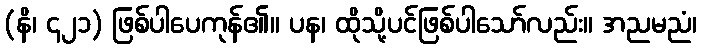
(နိ၊ ၄၂၁) ဖြစ်ပါပေကုန်၏။ ပန၊ ထိုသို့ပင်ဖြစ်ပါသော်လည်း။ အညမညံ၊